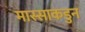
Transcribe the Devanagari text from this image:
मास्साकडुन